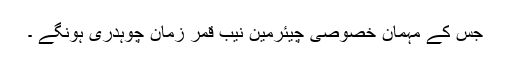
جس کے مہمان خصوصی چیئرمین نیب قمر زمان چوہدری ہونگے ۔